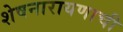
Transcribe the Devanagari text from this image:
शेषनारायणाची